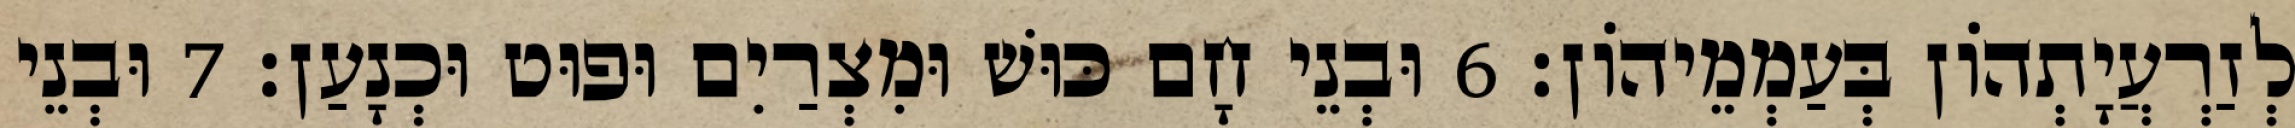
לְזַרְעֲיָתְהוֹן בְּעַמְמֵיהוֹן׃ 6 וּבְנֵי חָם כּוּשׁ וּמִצְרַיִם וּפוּט וּכְנָעַן׃ 7 וּבְנֵי